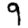
Digit: 9